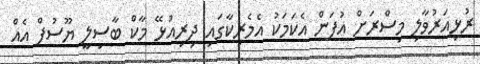
ރުޅިއަރުވާލި މިސްރަށް އުފަން އެކަމަކު އެމެރިކާގައި ދިރިއުޅޭ މާކް ބާސިލީ ޔޫސުފް އެއް